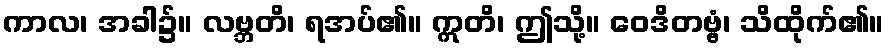
ကာလ၊ အခါ၌။ လဗ္ဘတိ၊ ရအပ်၏။ ဣတိ၊ ဤသို့။ ဝေဒိတဗ္ဗံ၊ သိထိုက်၏။